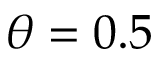
\theta = 0 . 5